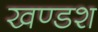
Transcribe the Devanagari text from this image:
खण्डश